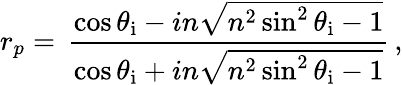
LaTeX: r_{p}=\, {\frac{\cos\theta_{\mathrm{i}}-in{\sqrt{n^{2}\sin^{2}\theta_{\mathrm{i}}-1}}}{\cos\theta_{\mathrm{i}}+in{\sqrt{n^{2}\sin^{2}\theta_{\mathrm{i}}-1}}}}\, ,